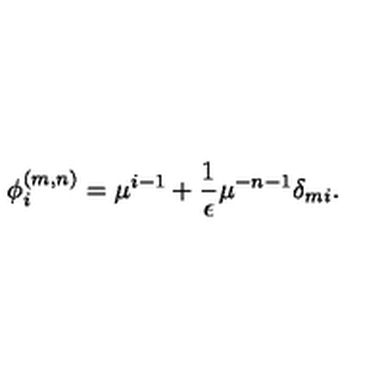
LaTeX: \phi _ { i } ^ { ( m , n ) } = \mu ^ { i - 1 } + \frac { 1 } { \epsilon } \mu ^ { - n - 1 } \delta _ { m i } .